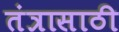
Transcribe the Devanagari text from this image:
तंत्रासाठी